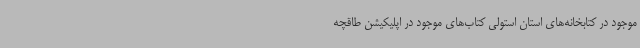
موجود در کتابخانه‌های استان استولی کتاب‌های موجود در اپلیکیشن طاقچه